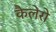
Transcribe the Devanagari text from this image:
कैलेरो